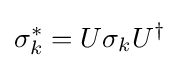
\sigma _{k}^{*}=U\sigma _{k}U^{\dagger }